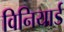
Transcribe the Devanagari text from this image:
विनियार्ड